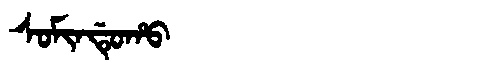
Manchu: ᠰᠣᠮᡳᠨᡩᡠᡥᠣ
Romanization: SOMINDUHO